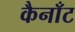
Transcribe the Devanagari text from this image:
कैनाँट